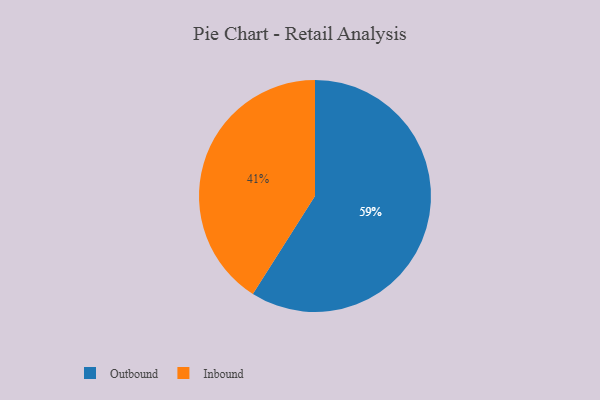
{"axis": {"x": "Category", "y": "Percentage"}, "legend": ["Inbound", "Outbound"], "data": [{"x": "Inbound", "y": 41, "type": "Inbound"}, {"x": "Outbound", "y": 59, "type": "Outbound"}]}